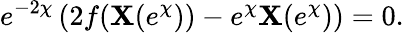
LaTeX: e^{-2\chi}\left(2f(\mathbf{X}(e^{\chi}))-e^{\chi}\mathbf{X}(e^{\chi})\right)=0.